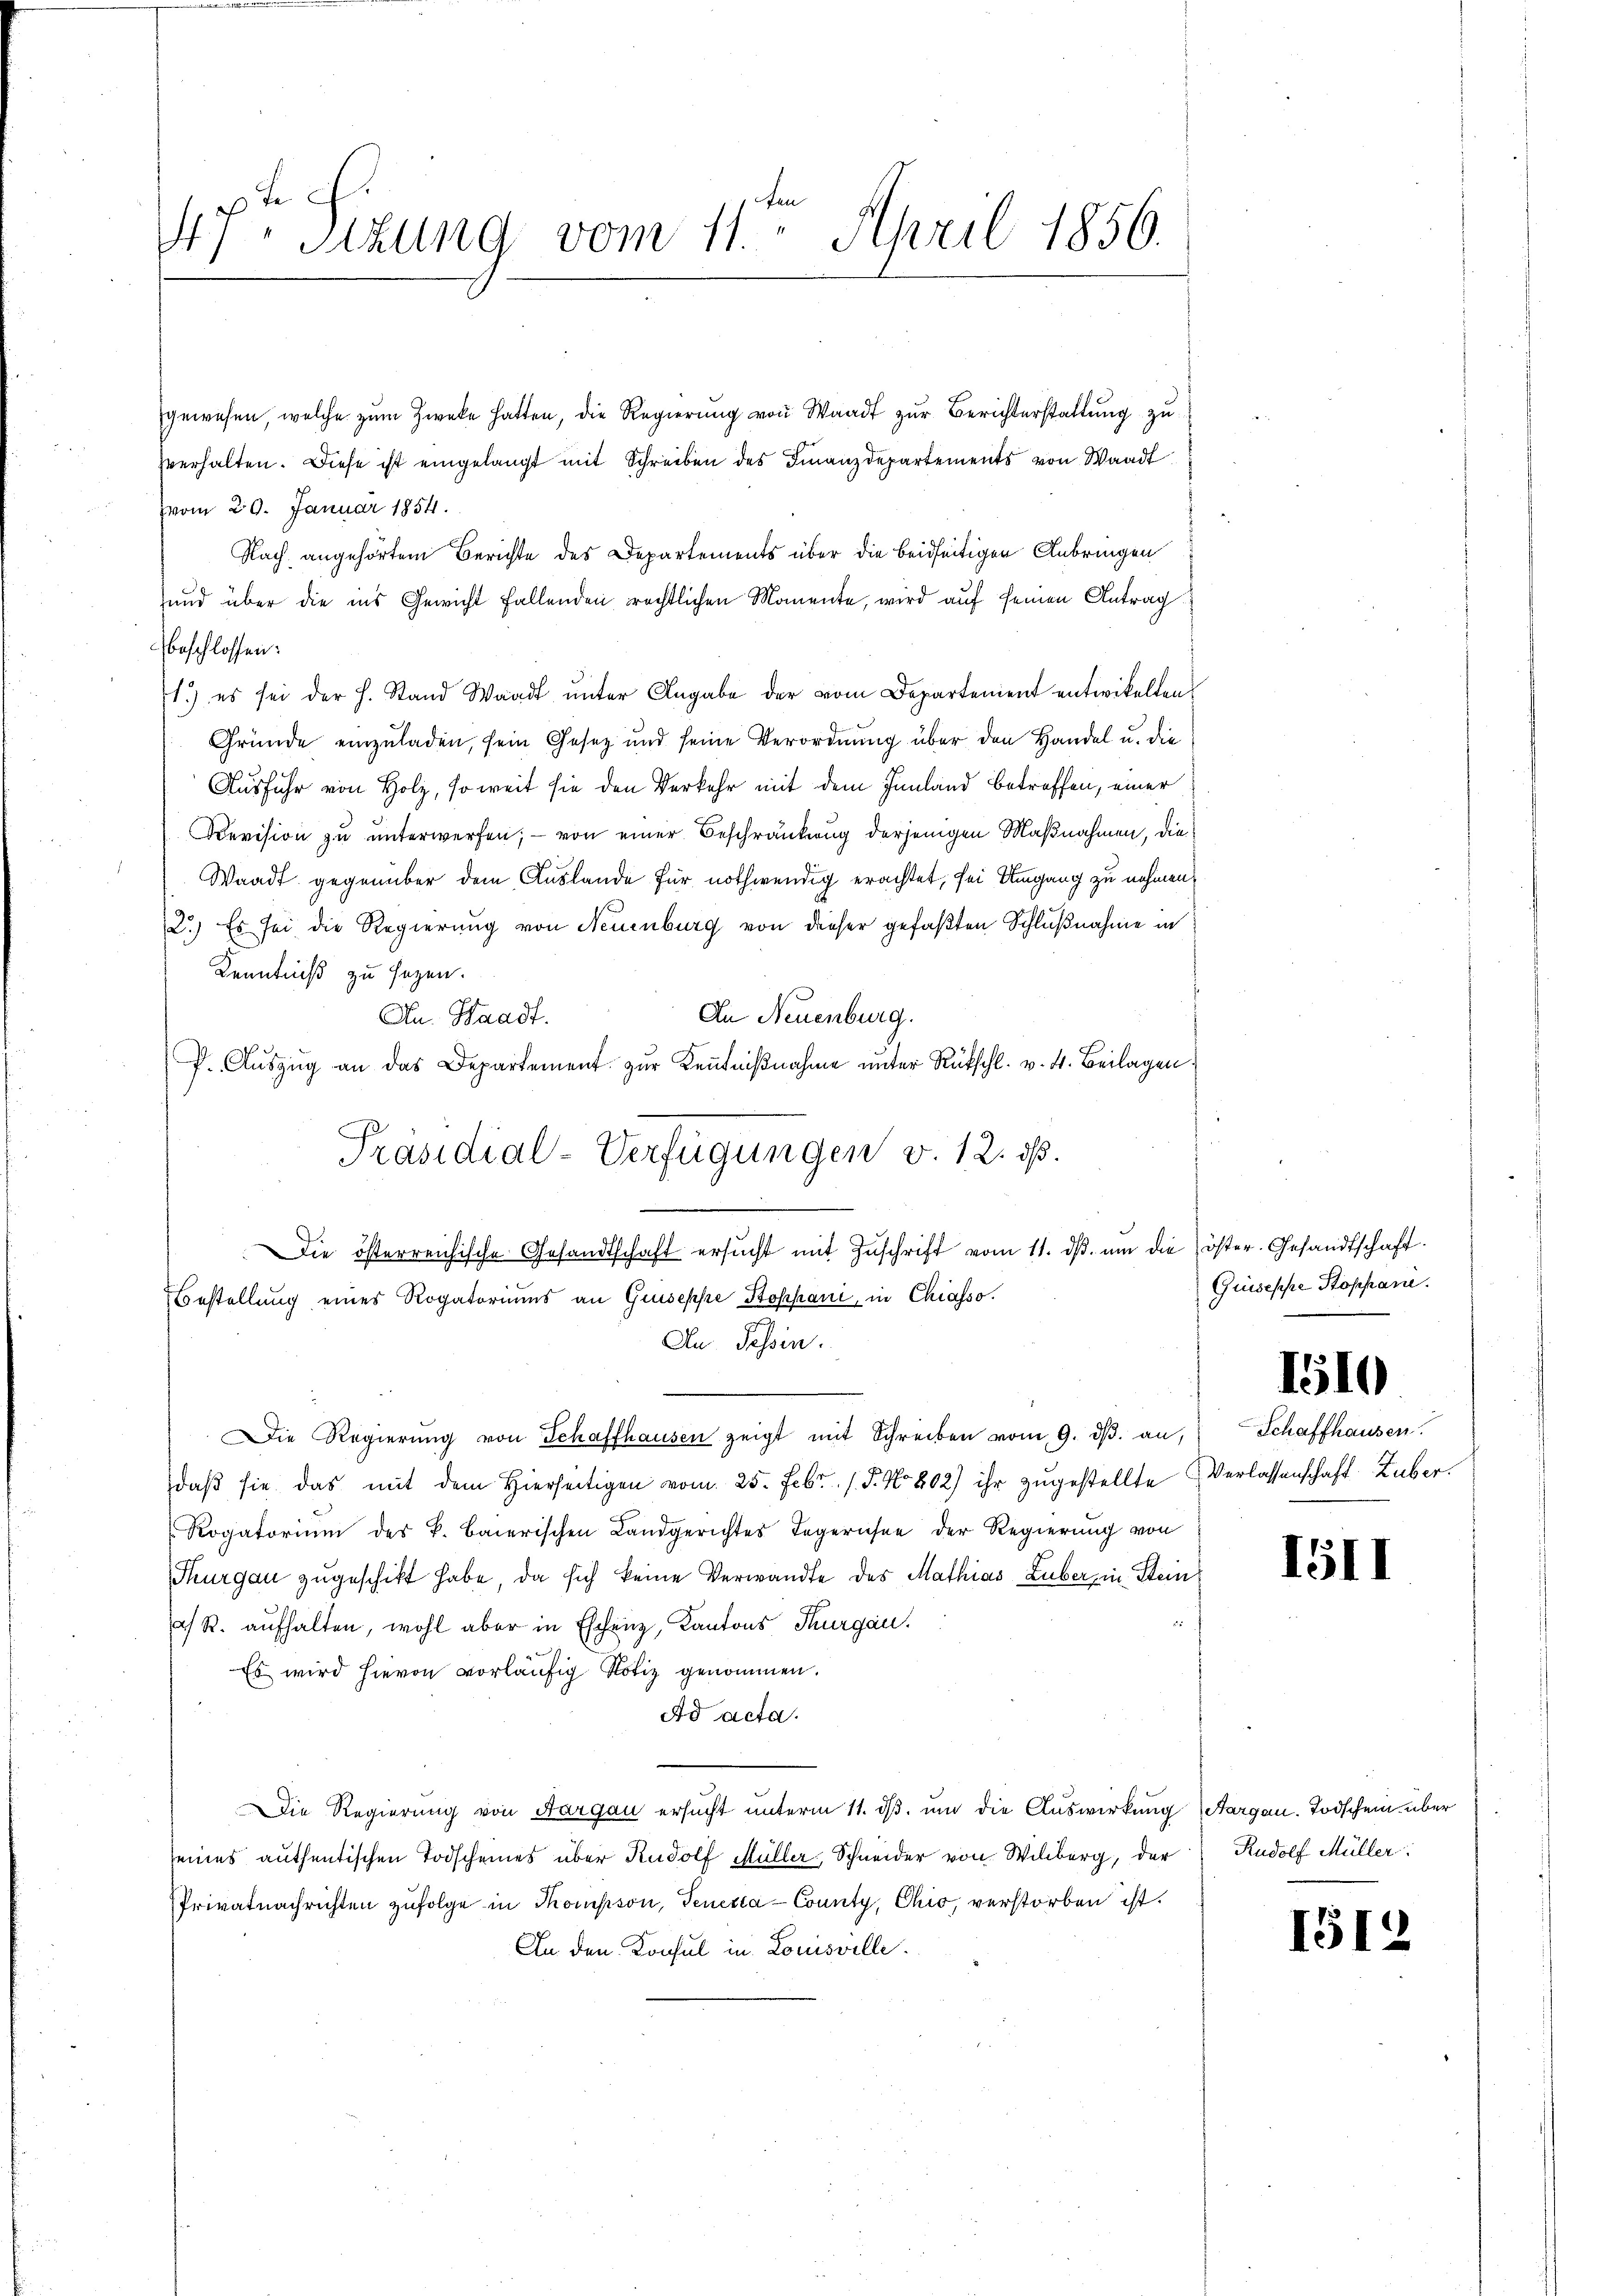
47. Sizung vom 11. April 1856.
1

gewesen, welche zum Zwecke hatten, die Regierung von Waadt zur Berichterstattung zu
zverhalten. Diese ist eingelangt mit Schreiben des Finanzdepartements von Waadt
vom 20. Januar 1854.
Nach angehörtem Berichte des Departements über die beidseitigen Anbringen
und über die ins Gewicht fallenden rechtlichen Momente, wird auf seinen Antrag
beschlossen:
1.) es sei der h. Stand Waadt ŭnter Angabe der vom Departement entwickelten
Gründe einzuladen, sein Gesetz und seine Verordnung über den Handel u. die
Ausfuhr von Holz, so weit sie den Verkehr mit dem Innland betreffen, einer
Devision zu unterwerfen; — von einer Beschränkung derjenigen Maßnahmen, die
Waadt gegenüber dem Auslande für nothwendig erachtet, sei Umgang zu nehmen,
2.) Es sei die Regierung von Neuenburg von dieser gefaßten Schlußnahme in
Kenntniß zu sezen.
An Neuenburg.
An. Waadt.
f. Aŭszŭg an das Departement zŭr Kenntniβnahme unter Rückschl. v. 4. Beilagen.
.
Die österreichische Gesandtschaft ersŭcht mit Zŭschrift vom 11. dβ. um die öster. Gesandtschaft.
Bestellung eines Rogatoriums an Guseppe Stoppani, in Chiasso.
Au. Tessin.
Die Regierŭng von Schaffhausen zeigt mit Schreiben vom 9. dβ an,
daβ sie das mit dem hierseitigen vom 25. Febr. 15. No 802) ihr zugestellte Verlassenschaft Huber.
Rogatorium des k. Baierischen Landgerichtes Legerichen der Regierung von
Thurgau zugeschikt habe, da sich keine Verwandte des Mathias Luber in Stein
as R. aufhalten, wohl aber in Eschenz, Kantons Thurgau.
Es wird hievon vorläufig Notiz genommen.
Ad acta.
Die Regierung von Aargau ersucht unterm 11. ds. um die Auswirkung Aargau. Todschein über
seines authentischen Todscheines über Rudolf Müller, Schneider von Wilberg, der Rudolf Müller
Privatnachrichten zufolge in Thompson, Tenerca-County, Chio, verstorben ist.
An den Konsul in Louisville.

Präsidial-Verfügungen v. 12. ds.

Guiseppe Stoppani.

1510

Schaffhausen.

1511

151